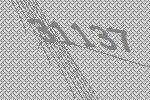
31137